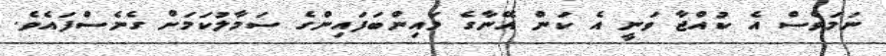
ނަމަވެސް އެ ކުއްޖާ ވަނީ އެ ކަން އޭނާގެ މައިންބަފައިންގެ ސަމާލުކަމަށް ގެނެސްފައެވެ.